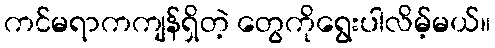
ကင်မရာကကျန်ရှိတဲ့ တွေကိုရွေးပါလိမ့်မယ်။